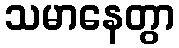
သမာနေတွာ